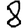
Digit: 8